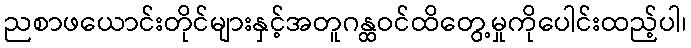
ညစာဖယောင်းတိုင်များနှင့်အတူဂန္ထဝင်ထိတွေ့မှုကိုပေါင်းထည့်ပါ၊